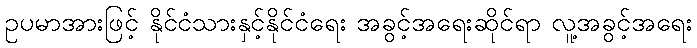
ဥပမာအားဖြင့် နိုင်ငံသားနှင့်နိုင်ငံရေး အခွင့်အရေးဆိုင်ရာ လူ့အခွင့်အရေး